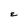
Character: E